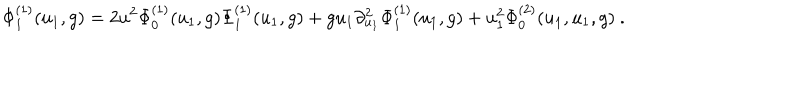
\Phi _ { 1 } ^ { ( 1 ) } ( u _ { 1 } , g ) = 2 u ^ { 2 } \Phi _ { 0 } ^ { ( 1 ) } ( u _ { 1 } , g ) \Phi _ { 1 } ^ { ( 1 ) } ( u _ { 1 } , g ) + g u _ { 1 } \partial _ { u _ { 1 } } ^ { 2 } \Phi _ { 1 } ^ { ( 1 ) } ( u _ { 1 } , g ) + u _ { 1 } ^ { 2 } \Phi _ { 0 } ^ { ( 2 ) } ( u _ { 1 } , u _ { 1 } , g ) \ .